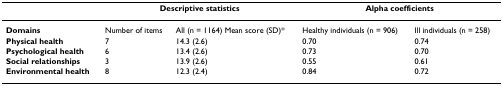
|  | <COLSPAN=2> Descriptive statistics | <COLSPAN=2> Alpha coefficients |
 | --- | --- | --- | --- | --- |
 | Domains | Number of items | All (n = 1164) Mean score (SD)* | Healthy individuals (n = 906) | Ill individuals (n = 258) |
 | Physical health | 7 | 14.3 (2.6) | 0.70 | 0.74 |
 | Psychological health | 6 | 13.4 (2.6) | 0.73 | 0.70 |
 | Social relationships | 3 | 13.9 (2.6) | 0.55 | 0.61 |
 | Environmental health | 8 | 12.3 (2.4) | 0.84 | 0.72 |